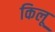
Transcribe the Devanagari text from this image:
किलू